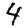
Digit: 4